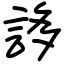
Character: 誃